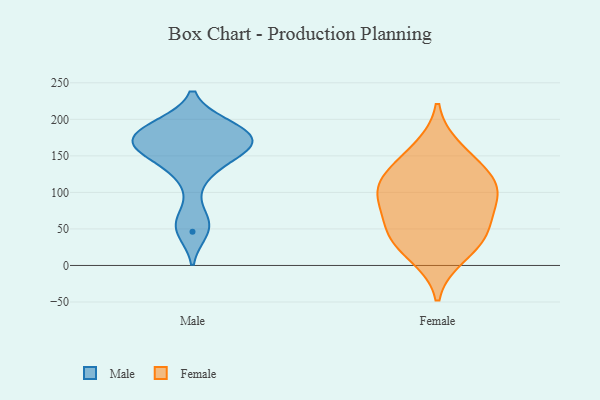
{"axis": {"x": "Gross Profit (USD K)", "y": "Value"}, "legend": ["Female", "Male"], "data": [{"x": "", "y": 155, "type": "Male"}, {"x": "", "y": 164, "type": "Male"}, {"x": "", "y": 170, "type": "Male"}, {"x": "", "y": 63, "type": "Male"}, {"x": "", "y": 177, "type": "Male"}, {"x": "", "y": 151, "type": "Male"}, {"x": "", "y": 174, "type": "Male"}, {"x": "", "y": 193, "type": "Male"}, {"x": "", "y": 123, "type": "Male"}, {"x": "", "y": 193, "type": "Male"}, {"x": "", "y": 46, "type": "Male"}, {"x": "", "y": 120, "type": "Female"}, {"x": "", "y": 100, "type": "Female"}, {"x": "", "y": 95, "type": "Female"}, {"x": "", "y": 94, "type": "Female"}, {"x": "", "y": 38, "type": "Female"}, {"x": "", "y": 56, "type": "Female"}, {"x": "", "y": 132, "type": "Female"}, {"x": "", "y": 159, "type": "Female"}, {"x": "", "y": 14, "type": "Female"}, {"x": "", "y": 42, "type": "Female"}]}